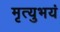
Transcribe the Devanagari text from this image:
मृत्युभयं